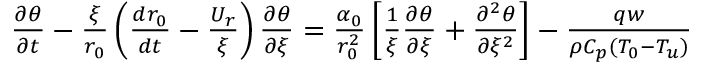
\begin{array} { r } { \frac { \partial \theta } { \partial t } - \frac { \xi } { r _ { 0 } } \left( \frac { d r _ { 0 } } { d t } - \frac { U _ { r } } { \xi } \right) \frac { \partial \theta } { \partial \xi } = \frac { \alpha _ { 0 } } { r _ { 0 } ^ { 2 } } \left[ \frac { 1 } { \xi } \frac { \partial \theta } { \partial \xi } + \frac { \partial ^ { 2 } \theta } { \partial \xi ^ { 2 } } \right] - \frac { q w } { \rho C _ { p } ( T _ { 0 } - T _ { u } ) } } \end{array}